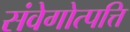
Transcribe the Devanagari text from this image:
संवेगोत्पत्ति